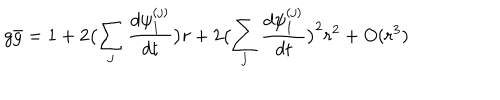
g \bar { g } = 1 + 2 \bigl ( \sum _ { j } \frac { d \psi _ { 1 } ^ { ( j ) } } { d t } \bigr ) r + 2 \bigl ( \sum _ { j } \frac { d \psi _ { 1 } ^ { ( j ) } } { d t } \bigr ) ^ { 2 } r ^ { 2 } + O ( r ^ { 3 } )